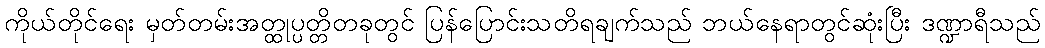
ကိုယ်တိုင်ရေး မှတ်တမ်းအတ္ထုပ္ပတ္တိတခုတွင် ပြန်ပြောင်းသတိရချက်သည် ဘယ်နေရာတွင်ဆုံးပြီး ဒဏ္ဍာရီသည်